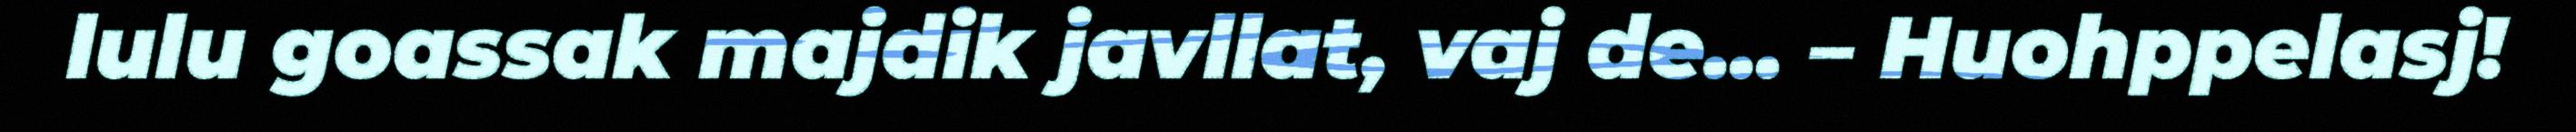
lulu goassak majdik javllat, vaj de... – Huohppelasj!